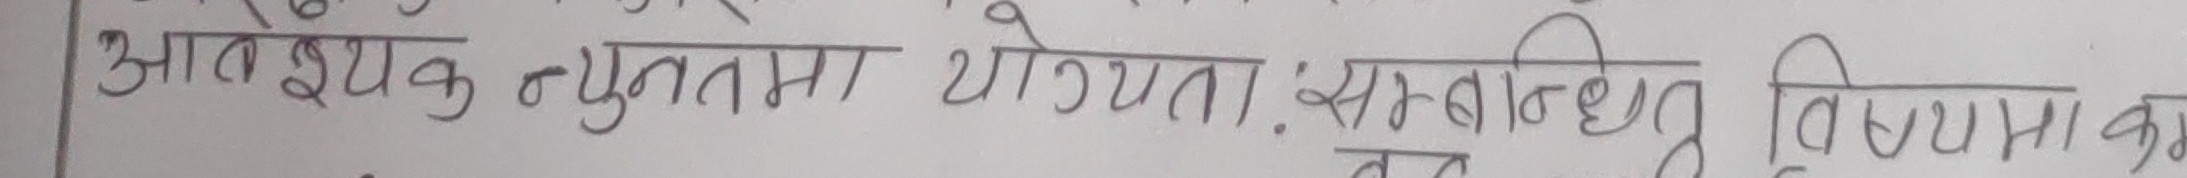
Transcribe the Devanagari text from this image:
आवश्यक न्यूनतम योग्यता: सम्बन्धित विषयमा